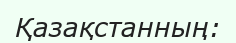
Қазақстанның: